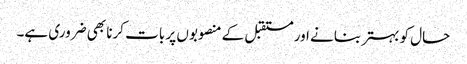
حال کو بہتر بنانے اور مستقبل کے منصوبوں پر بات کرنا بھی ضروری ہے۔